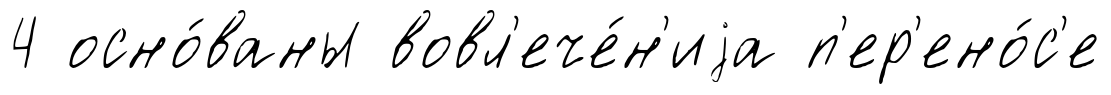
4 осно́ваны вовл'ече́н'иjа п'ер'ено́с'е